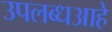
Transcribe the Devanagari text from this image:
उपलब्धआहे